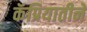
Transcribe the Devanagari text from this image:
कॅप्रियातीने